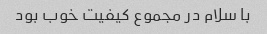
با سلام در مجموع کیفیت خوب بود